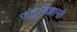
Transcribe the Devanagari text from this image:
जंतुविज्ञानी